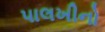
પાલખીનો